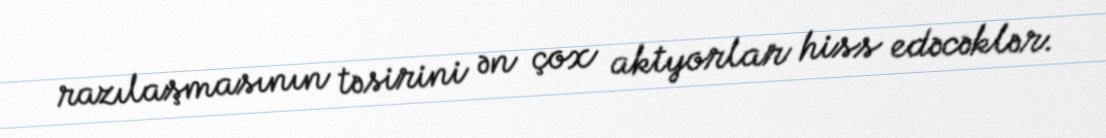
razılaşmasının təsirini ən çox aktyorlar hiss edəcəklər.